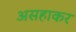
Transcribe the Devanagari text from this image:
असहाकर